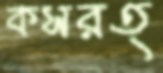
কসরত্